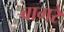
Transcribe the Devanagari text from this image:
बागरे